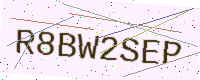
Text: R8BW2SEP